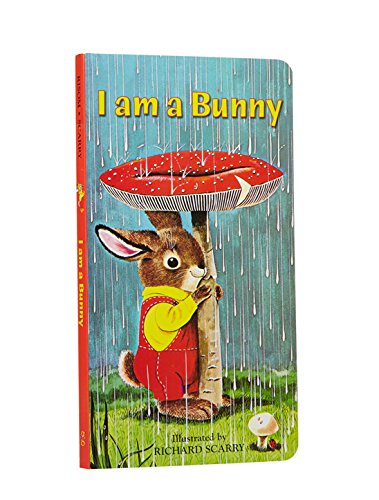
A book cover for I Am a Bunny (A Golden Sturdy Book); Ole Risom; Children's Books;